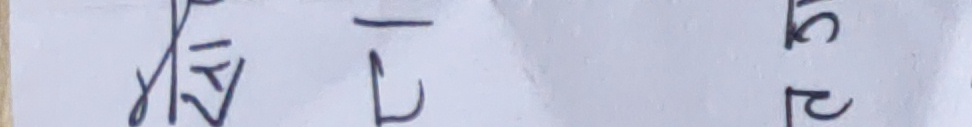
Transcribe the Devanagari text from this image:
प्रटरसप